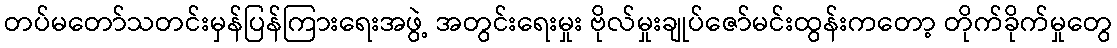
တပ်မတော်သတင်းမှန်ပြန်ကြားရေးအဖွဲ့ အတွင်းရေးမှုး ဗိုလ်မှုးချုပ်ဇော်မင်းထွန်းကတော့ တိုက်ခိုက်မှုတွေ